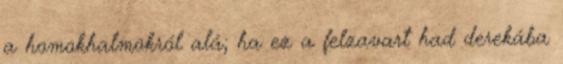
a homokhalmokról alá; ha ez a felzavart had derekába